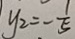
y _ { 2 } = - \frac { 1 } { 5 }